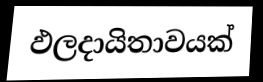
ඵලදායිතාවයක්